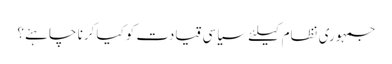
جمہوری نظام کیلئے سیاسی قیادت کوکیا کرنا چاہئے؟